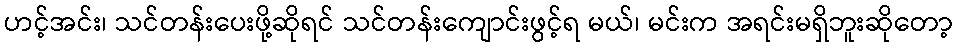
ဟင့်အင်း၊ သင်တန်းပေးဖို့ဆိုရင် သင်တန်းကျောင်းဖွင့်ရ မယ်၊ မင်းက အရင်းမရှိဘူးဆိုတော့